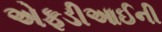
એફડીઆઈની